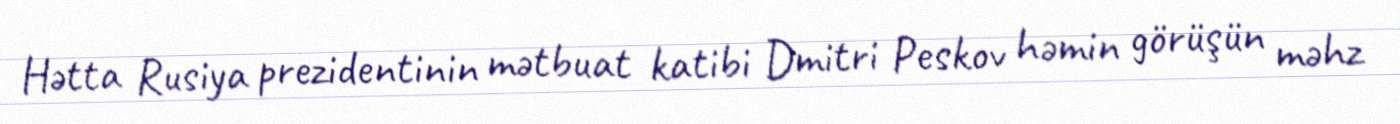
Hətta Rusiya prezidentinin mətbuat katibi Dmitri Peskov həmin görüşün məhz